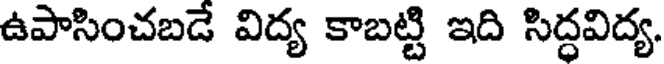
ఉపాసించబడే విద్య కాబట్టి ఇది సిద్ధవిద్య.